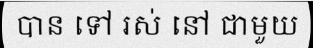
បាន ទៅ រស់ នៅ ជាមួយ